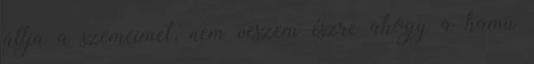
állja a szemeimet, nem veszem észre ahogy a hamu